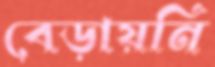
বেড়ায়নি